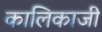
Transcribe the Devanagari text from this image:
कालिकाजी